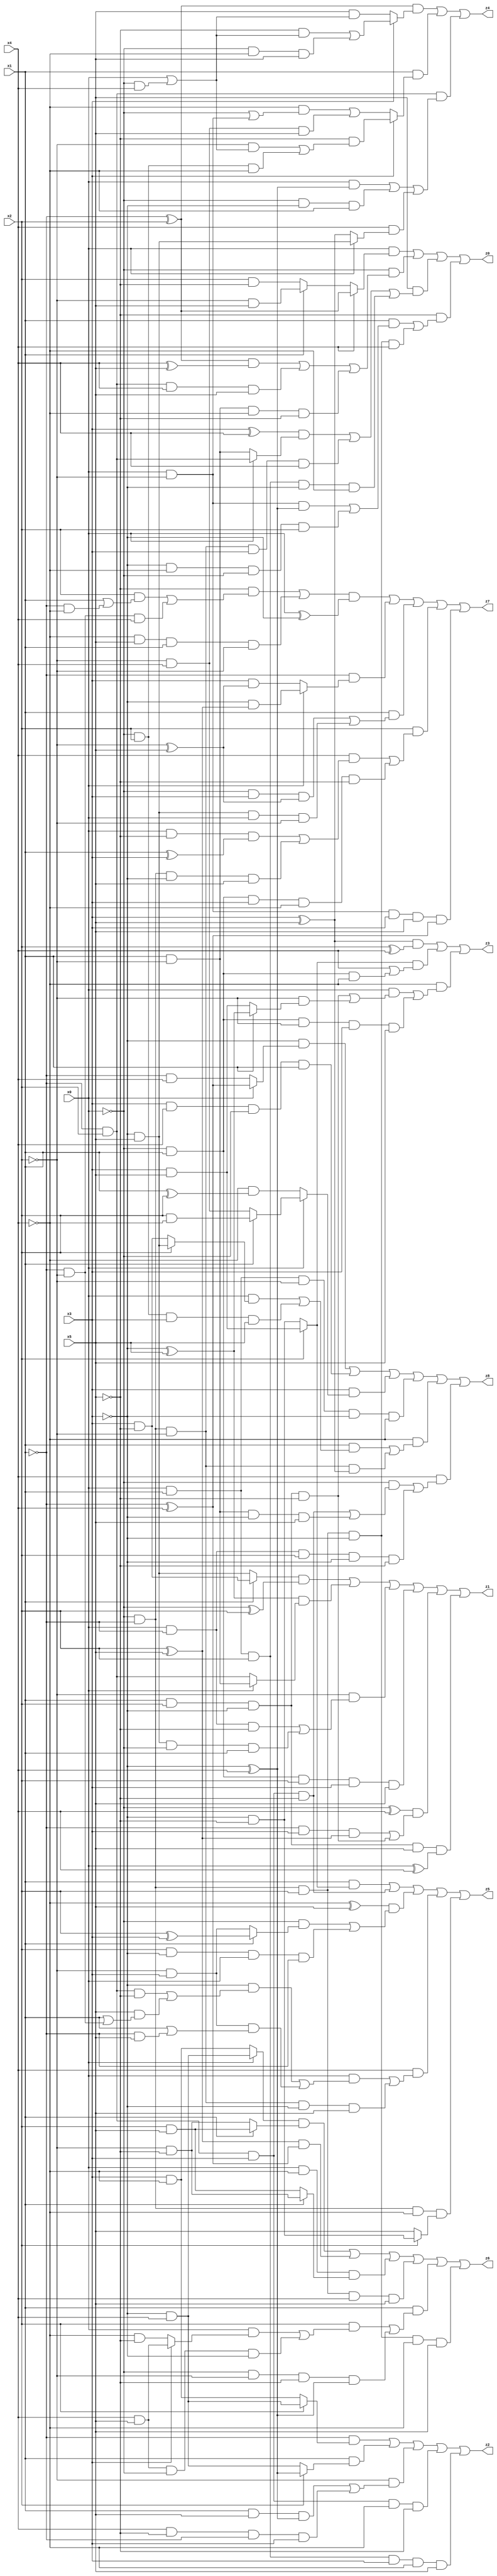
// Benchmark "X_31" written by ABC on Mon Jun 05 23:01:40 2023

module X_31 ( 
    x0, x1, x2, x3, x4, x5,
    z0, z1, z2, z3, z4, z5, z6, z7, z8  );
  input  x0, x1, x2, x3, x4, x5;
  output z0, z1, z2, z3, z4, z5, z6, z7, z8;
  assign z0 = (x0 & (x4 ? (~x1 ^ x2) : (x1 ? (~x2 & x5) : (x2 & ~x5)))) | (~x0 & (((~x1 ^ x2) & (x4 ^ x5)) | (~x1 & x2 & x4 & x5) | (x1 & ~x2 & ~x4 & ~x5))) | (x5 & (((x3 ^ x4) & (x0 ? (~x1 & x2) : (x1 & ~x2))) | (~x0 & ~x1 & ~x2 & x3 & x4) | (x0 & x1 & x2 & ~x3 & ~x4))) | (~x5 & ((x1 & ((x0 & ~x2 & (~x3 ^ x4)) | (~x3 & ~x4 & ~x0 & x2))) | (~x0 & ~x1 & x2 & ~x3 & x4)));
  assign z1 = ((x1 ? (x3 & ~x5) : (~x3 & x5)) & (~x0 ^ x2)) | ((~x3 ^ x5) & (x0 ? (x1 & ~x2) : (~x1 & x2))) | (~x2 & ((x0 & ~x1 & ~x5) | (~x3 & x5 & ~x0 & x1))) | (~x0 & x1 & x2 & x3 & x5) | ((~x0 ^ x4) & ((~x1 & x3 & (x2 ^ x5)) | (x1 & x2 & ~x3 & ~x5))) | (x1 & x2 & ~x3 & x5 & (x0 ^ x4));
  assign z2 = (~x1 & (x2 ? (~x3 & x4) : (x3 & ~x4))) | (x1 & (x2 ? (~x3 ^ x4) : (~x3 & x4))) | (~x2 & ((x1 & x5 & (~x3 ^ x4)) | (x4 & ~x5 & ~x1 & x3))) | (~x1 & x2 & x3 & ~x4 & ~x5) | (x0 & x1 & x2 & x3 & ~x4 & x5);
  assign z3 = ((x3 ^ x5) & (x2 ^ x4)) | ((x2 ? (x3 & x5) : (~x3 & ~x5)) & (x4 | (~x0 & x1 & ~x4))) | (~x4 & ((x0 & ((x1 & x2 & ~x3 & ~x5) | (~x2 & (x1 ? (~x3 ^ x5) : (x3 & x5))))) | (~x0 & x1 & ~x2 & x3 & x5)));
  assign z4 = ((~x1 ^ x2) & (x3 ? ((~x5 & (x0 | (~x0 & x4))) | (~x0 & ~x4 & x5)) : (x5 & (x0 | (~x0 & x4))))) | (x1 & (x3 ? (~x5 & ((~x2 & (x0 | (~x0 & x4))) | (~x0 & x2 & ~x4))) : ((~x4 & (~x0 | (x0 & ~x2))) | (~x2 & x4 & x5)))) | (~x1 & x2 & ((x0 & (~x3 ^ x4)) | (~x0 & ~x3 & ~x4) | (x4 & (x0 ? (~x3 & x5) : (x3 ^ x5)))));
  assign z5 = (x1 & (x2 ? (x3 & x5) : (~x3 & ~x5))) | (~x1 & x2 & x3 & ~x5) | ((~x4 ^ x5) & ((~x0 & (x1 ? (x2 ^ x3) : (~x2 & x3))) | (x2 & ~x3 & x0 & ~x1))) | (x4 & ((x0 & ((~x3 & ((~x1 & x2 & ~x5) | (x5 & (x1 | (~x1 & ~x2))))) | (~x2 & x3 & (x1 | (~x1 & x5))))) | (~x0 & ~x1 & ~x2 & ~x3 & x5))) | (~x0 & ~x1 & ~x4 & (x2 ? (~x3 & ~x5) : x5));
  assign z6 = ((x0 ? (~x3 & x4) : (x3 & ~x4)) & (x1 ? (x2 & x5) : (~x2 & ~x5))) | ((x2 ^ x5) & (~x1 ^ x4)) | (x0 & ~x4 & (x1 ? (~x2 & ~x5) : (x2 & x5))) | (~x0 & ~x1 & x2 & x4 & x5) | (x1 & ((x2 & ((x0 & (x3 ? (x4 & x5) : (~x4 & ~x5))) | (x4 & x5 & ~x0 & ~x3))) | (~x0 & ~x2 & ~x5 & (~x3 ^ x4)))) | (~x0 & ~x1 & x2 & ~x3 & ~x4 & x5);
  assign z7 = (((~x5 & ((x2 & (x1 | (~x1 & ~x4))) | (~x1 & ~x2 & x4))) | (~x4 & x5 & x1 & ~x2)) & (x0 ^ ~x3)) | (~x1 & (x0 ? (~x3 & (x2 ^ x5)) : (x3 & (~x2 ^ x5)))) | (x1 & ((~x0 & x3 & (~x2 ^ x5)) | (~x3 & x5 & x0 & ~x2))) | (x2 & ((x4 & ((x0 & ~x5 & (x1 ^ x3)) | (~x0 & ~x1 & ~x3 & x5))) | (~x0 & x1 & x3 & ~x4 & ~x5))) | (x0 & ~x2 & x3 & x5 & (~x1 ^ x4));
  assign z8 = (~x3 & (x0 ? (~x1 ^ x4) : (~x1 & x4))) | (x3 & x4 & ~x0 & x1) | (x3 & (x0 ? (x1 ? (x2 & ~x4) : (~x2 & x4)) : (~x4 & (x1 ^ x2)))) | (x0 & x1 & ~x2 & ~x3 & ~x4) | (~x4 & ((x1 & ((x0 & (x2 ? (~x3 & x5) : (x3 & ~x5))) | (~x0 & x2 & x3 & x5))) | (~x0 & ~x1 & ~x2 & (x3 ^ x5)))) | (x4 & ((~x0 & ((~x1 & x2 & x3 & ~x5) | (x1 & ~x2 & ~x3 & x5))) | (x0 & ~x1 & x2 & ~x3 & ~x5)));
endmodule